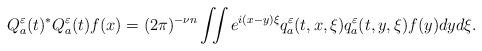
LaTeX: \begin{align*}Q_a^{\varepsilon}(t)^*Q_a^{\varepsilon}(t)f(x)=(2\pi)^{-\nu n}\iint e^{i(x-y)\xi}q_a^{\varepsilon}(t,x,\xi)q_a^{\varepsilon}(t,y,\xi)f(y)dyd\xi.\end{align*}